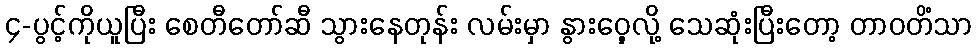
၄-ပွင့်ကိုယူပြီး စေတီတော်ဆီ သွားနေတုန်း လမ်းမှာ နွားဝှေ့လို့ သေဆုံးပြီးတော့ တာဝတိံသာ